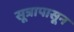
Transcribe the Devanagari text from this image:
सूत्रापासून